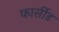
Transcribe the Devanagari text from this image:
फार्सीड